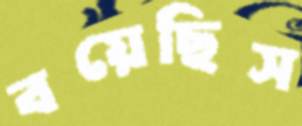
বয়েছিস